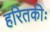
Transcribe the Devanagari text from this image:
हरितकीः